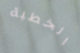
الخطبة